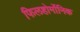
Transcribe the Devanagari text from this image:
फिलहोर्मोनिक